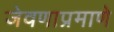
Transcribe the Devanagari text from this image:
जेवणाप्रमाणे